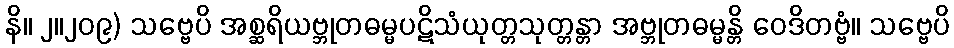
နိ။ ၂။၂၀၉) သဗ္ဗေပိ အစ္ဆရိယဗ္ဘုတဓမ္မပဋိသံယုတ္တသုတ္တန္တာ အဗ္ဘုတဓမ္မန္တိ ဝေဒိတဗ္ဗံ။ သဗ္ဗေပိ